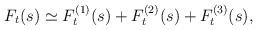
LaTeX: \begin{align*}F_t(s)\simeq F_t^{(1)}(s)+ F_t^{(2)}(s)+ F_t^{(3)}(s),\end{align*}